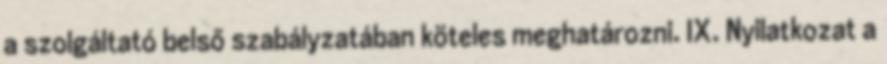
a szolgáltató belső szabályzatában köteles meghatározni. IX. Nyilatkozat a